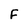
Character: F